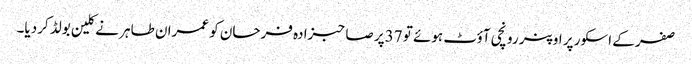
صفر کے اسکور پر اوپنر رونچی آؤٹ ہوئے تو 37پر صاحبزادہ فرحان کو عمران طاہر نے کلین بولڈ کردیا۔